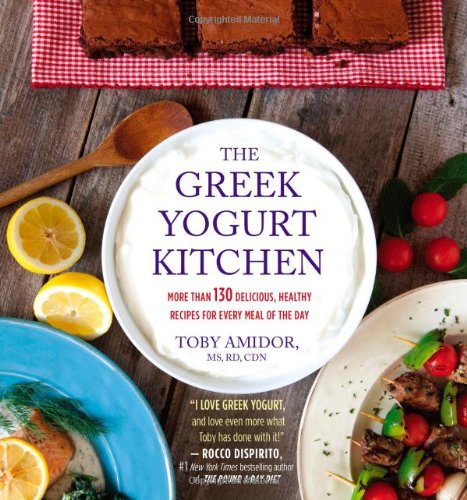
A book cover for The Greek Yogurt Kitchen: More Than 130 Delicious, Healthy Recipes for Every Meal of the Day; Toby Amidor; Cookbooks, Food & Wine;